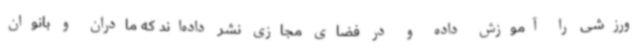
ورزشی را آموزش داده و در فضای مجازی نشر داده‌اند که مادران و بانوان